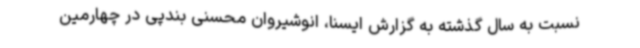
نسبت به سال گذشته به گزارش ایسنا، انوشیروان محسنی بندپی در چهارمین